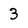
Character: 3